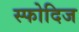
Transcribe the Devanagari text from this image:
स्फोदिज